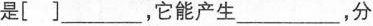
是[] ___ ，它能产生 ___ ，分